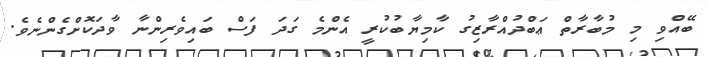
ބޭއްވި މި މުބާރާތް ޢަބްދުއްރާޒިގު ކާމިޔާބުކުރީ އެންމެ ގަދަ ފަސް ބައިވެރިންނާ ވާދަކޮށްގެންނެވެ.